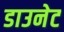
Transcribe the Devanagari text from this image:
डाउनेट